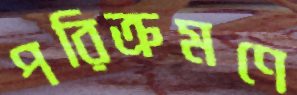
পরিক্রমণে